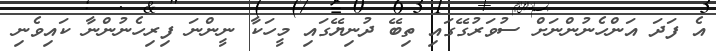
އެ ފަދަ އަންހެނުންނަށް ސުވަރުގޭގައި ތިބޭ ދުނިޔޭގައި މީހަކާ ނީންނަ ފިރިހެނުންނާ ކައިވެނި